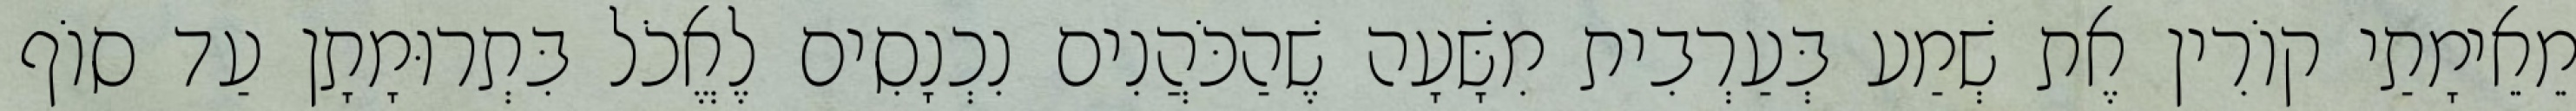
מֵאֵימָתַי קוֹרִין אֶת שְׁמַע בְּעַרְבִית מִשָּׁעָה שֶׁהַכֹּהֲנִים נִכְנָסִים לֶאֱכֹל בִּתְרוּמָתָן עַד סוֹף